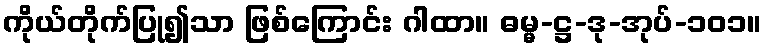
ကိုယ်တိုက်ပြု၍သာ ဖြစ်ကြောင်း ဂါထာ။ ဓမ္မ-ဋ္ဌ-ဒု-အုပ်-၁၀၁။